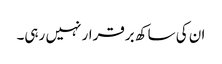
ان کی ساکھ برقرار نہیں رہی۔